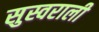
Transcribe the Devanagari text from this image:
सुस्वराली